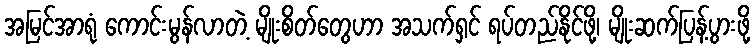
အမြင်အာရုံ ကောင်းမွန်လာတဲ့ မျိုးစိတ်တွေဟာ အသက်ရှင် ရပ်တည်နိုင်ဖို့၊ မျိုးဆက်ပြန့်ပွားဖို့